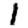
Digit: 1